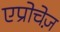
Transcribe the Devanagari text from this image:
एप्रोचेज़